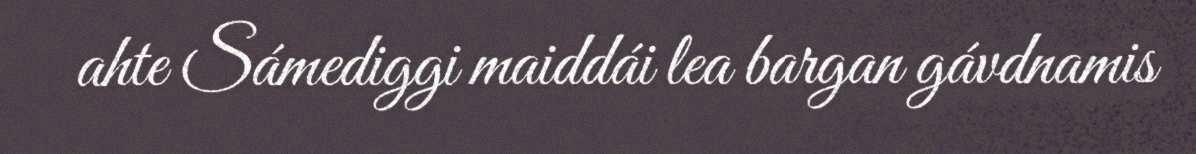
ahte Sámediggi maiddái lea bargan gávdnamis